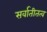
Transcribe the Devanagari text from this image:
सर्वातीतत्व